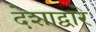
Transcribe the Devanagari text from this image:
देशाद्वारे